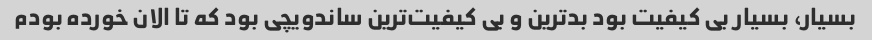
بسیار، بسیار بی کیفیت بود بد‌ترین و بی کیفیت‌ترین ساندویچی بود که تا الان خورده بودم